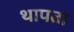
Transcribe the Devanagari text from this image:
थापता